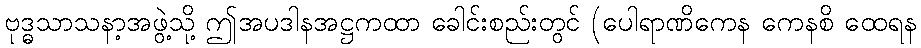
ဗုဒ္ဓသာသနာ့အဖွဲ့သို့ ဤအပဒါနအဋ္ဌကထာ ခေါင်းစည်းတွင် (ပေါရာဏိကေန ကေနစိ ထေရန